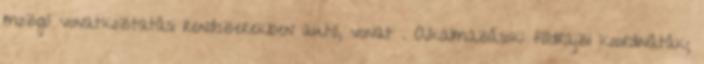
mozgó vonatkoztatási rendszerekben autó, vonat . Alkalmazások: földrajzi koordináták;